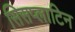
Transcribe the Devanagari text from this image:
सिसप्लाटिन